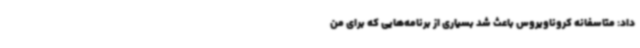
داد: متاسفانه کروناویروس باعث شد بسیاری از برنامه‌هایی که برای من